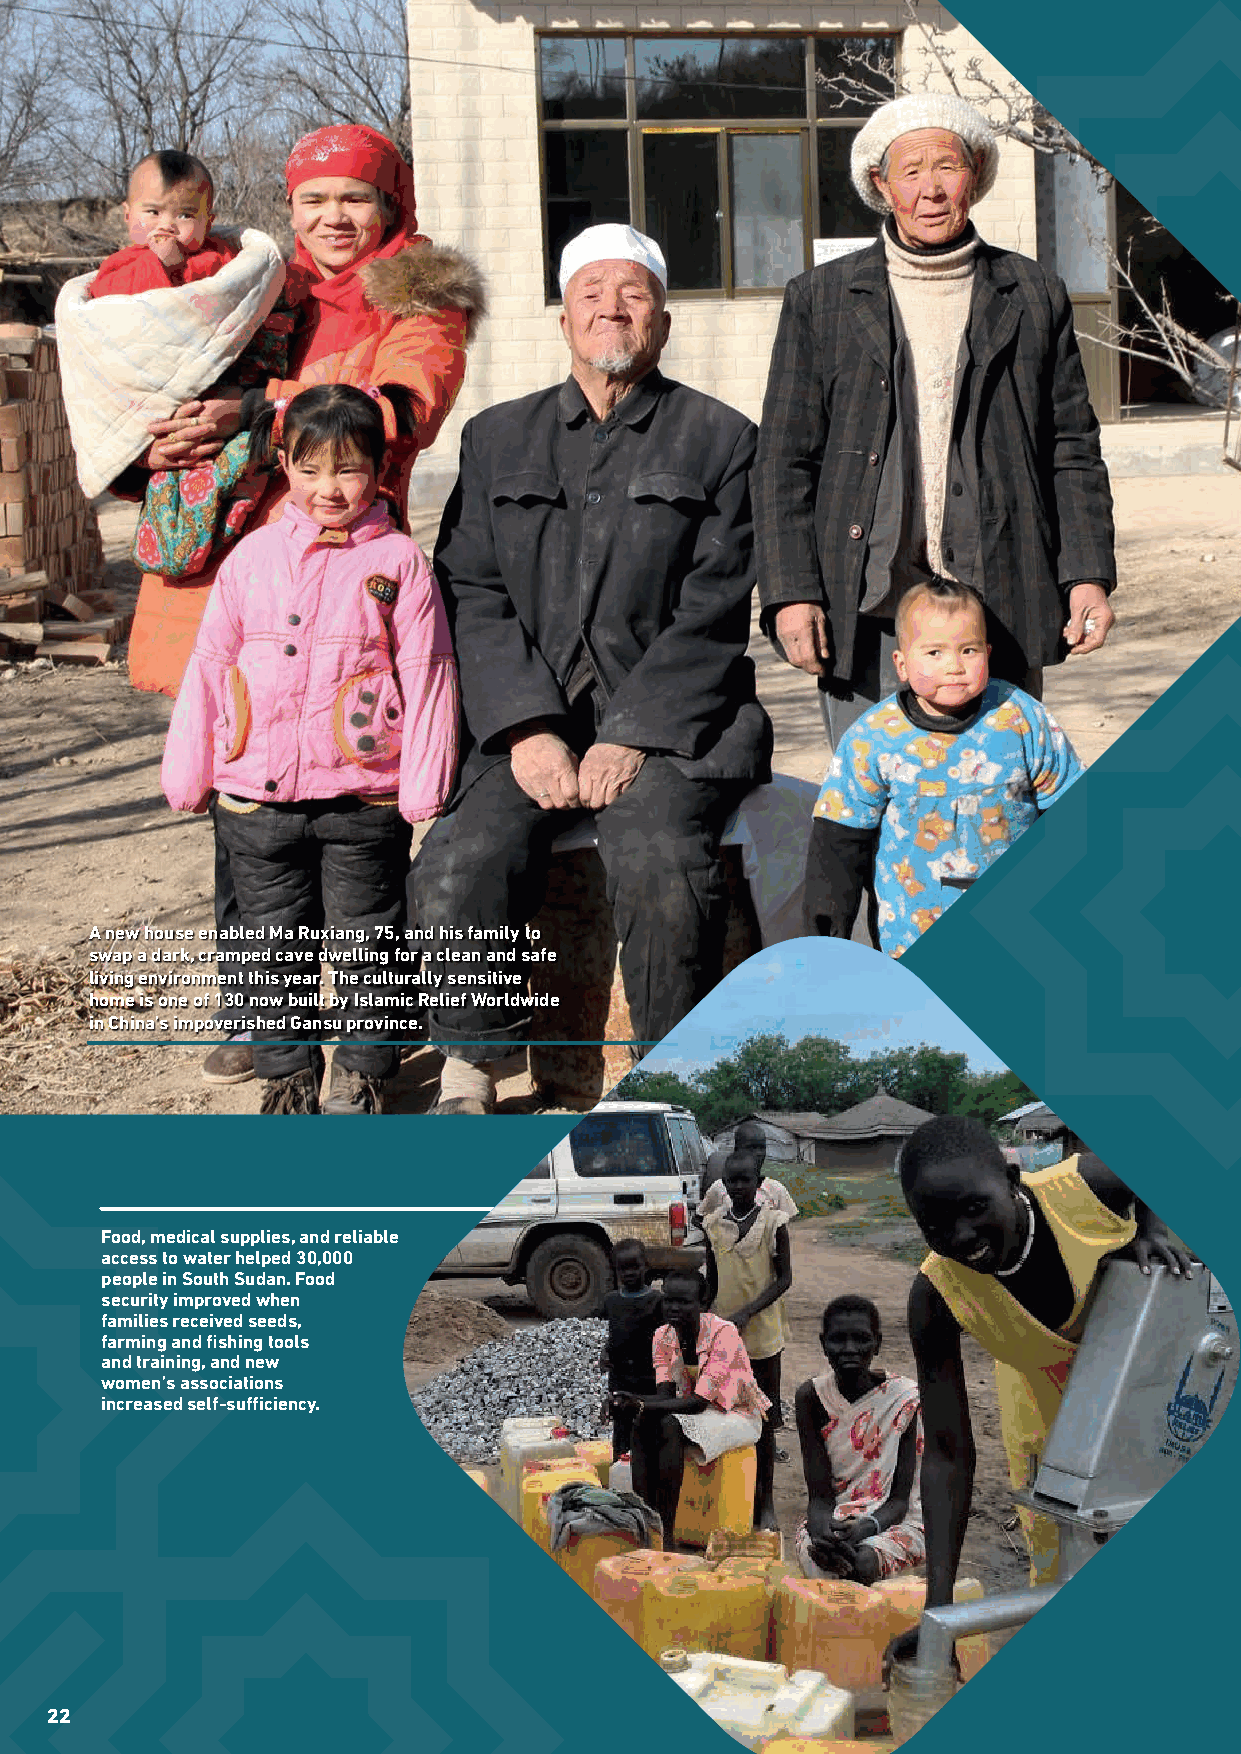
A new house enabled Ma Ruxiang, 75, and his family to
 swap a dark, cramped cave dwelling for a clean and safe
 living environment this year. The culturally sensitive
 home is one of 130 now built by Islamic Relief Worldwide
 in China’s impoverished Gansu province.
 Food, medical supplies, and reliable
 access to water helped 30,000
 people in South Sudan. Food
 security improved when
 families received seeds,
 farming and fi shing tools
 and training, and new
 women’s associations
 increased self-suffi ciency.
 22